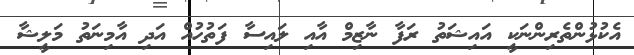
އެކުޅުންތެރިންނަކީ އައިޝަތު ރަފާ ނާޒިމް އާއި ލައިސާ ފަތުހުއް އަދި އާމިނަތު މަލީޝާ